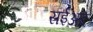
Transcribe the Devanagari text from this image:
सईअद